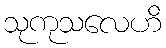
သုကုသလေဟိ